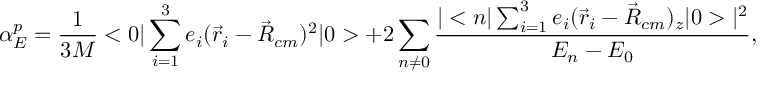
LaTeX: \alpha _ { E } ^ { p } = { \frac { 1 } { 3 M } } < 0 | \sum _ { i = 1 } ^ { 3 } e _ { i } ( \vec { r } _ { i } - \vec { R } _ { c m } ) ^ { 2 } | 0 > + 2 \sum _ { n \neq 0 } { \frac { | < n | \sum _ { i = 1 } ^ { 3 } e _ { i } ( \vec { r } _ { i } - \vec { R } _ { c m } ) _ { z } | 0 > | ^ { 2 } } { E _ { n } - E _ { 0 } } } ,